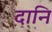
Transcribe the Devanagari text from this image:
दानि